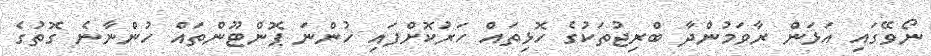
ނޯވޭގައި އަޅަން ރާވަމުންދާ ބްރިޖުތަކުގެ ހޮޅިތައް ހަރުކޮށްފައި ހުންނަ ޕޮންޓޫންތައް ހުންނާނެ ގޮތުގެ